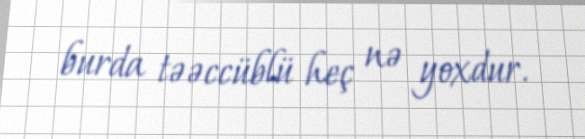
burda təəccüblü heç nə yoxdur.